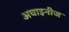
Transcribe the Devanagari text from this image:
अचाइनीज